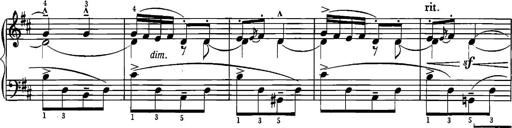
Title: Sonatina for Piano
Composer: BÃ©la BartÃ³k